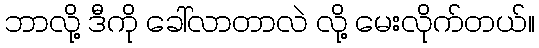
ဘာလို့ ဒီကို ခေါ်လာတာလဲ လို့ မေးလိုက်တယ်။